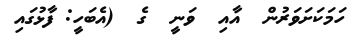
ހަމަކަށަވަރުން  އާއި  ވަނީ  ގެ  (އެބަހީ: ފާޅުގައި